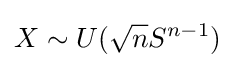
X\sim U({\sqrt {n}}S^{n-1})